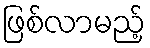
ဖြစ်လာမည့်